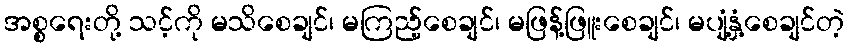
အစ္စရေးတို့ သင့်ကို မသိစေချင်၊ မကြည့်စေချင်၊ မဖြန့်ဖြူးစေချင်၊ မပျံ့နှံ့စေချင်တဲ့